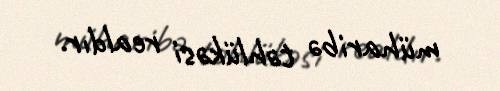
müharibə təhlükəsi realdır.